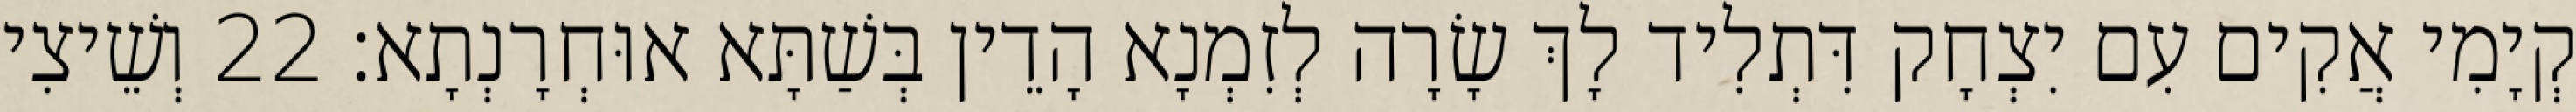
קְיָמִי אֲקִים עִם יִצְחָק דִּתְלִיד לָךְ שָׂרָה לְזִמְנָא הָדֵין בְּשַׁתָּא אוּחְרָנְתָא׃ 22 וְשֵׁיצִי